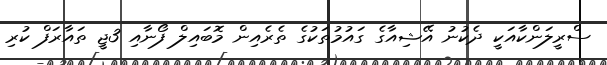
ސްރީލަންކާއަކީ ދެކުނު އޭޝިއާގެ ގައުމުތަކުގެ ތެރެއިން މޮބައިލް ފޯނާއި 3ޖީ ތައާރަފް ކުރި